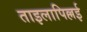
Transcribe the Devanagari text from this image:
ताइलापिल्लई